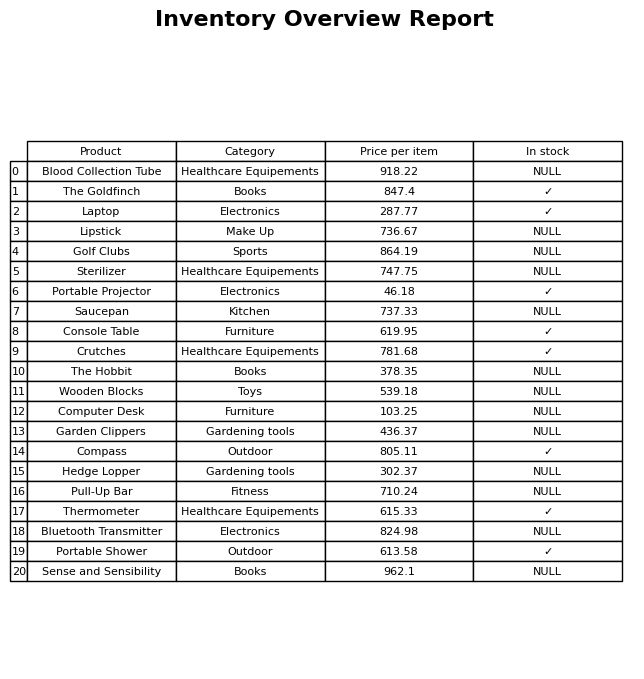
question: What is the price for Lipstick?
answer: The price of Lipstick is 736.67.